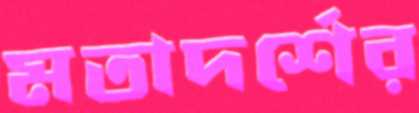
মতাদর্শের